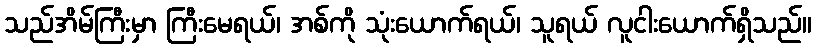
သည်အိမ်ကြီးမှာ ကြီးမေရယ်၊ အစ်ကို သုံးယောက်ရယ်၊ သူရယ် လူငါးယောက်ရှိသည်။